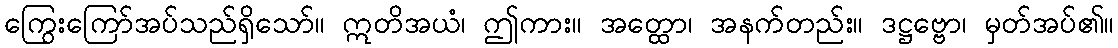
ကြွေးကြော်အပ်သည်ရှိသော်။ ဣတိအယံ၊ ဤကား။ အတ္ထော၊ အနက်တည်း။ ဒဋ္ဌဗ္ဗော၊ မှတ်အပ်၏။